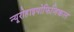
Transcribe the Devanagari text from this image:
न्यूरोहाइपोफिजिकल